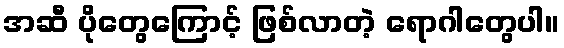
အဆီ ပိုတွေကြောင့် ဖြစ်လာတဲ့ ရောဂါတွေပါ။